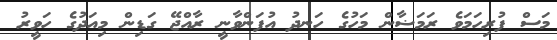
މަސް ފުރިހަމަވެ ރަމަޟާން މަހުގެ ހަނދު އުފަންވާނީ ރާއްޖޭ ގަޑިން މިއަދުގެ ހަވީރު